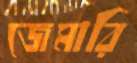
জেমারি